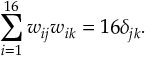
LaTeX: \sum _ { i = 1 } ^ { 1 6 } w _ { i j } w _ { i k } = 1 6 \delta _ { j k } .